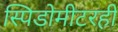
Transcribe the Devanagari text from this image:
स्पिडोमीटरही